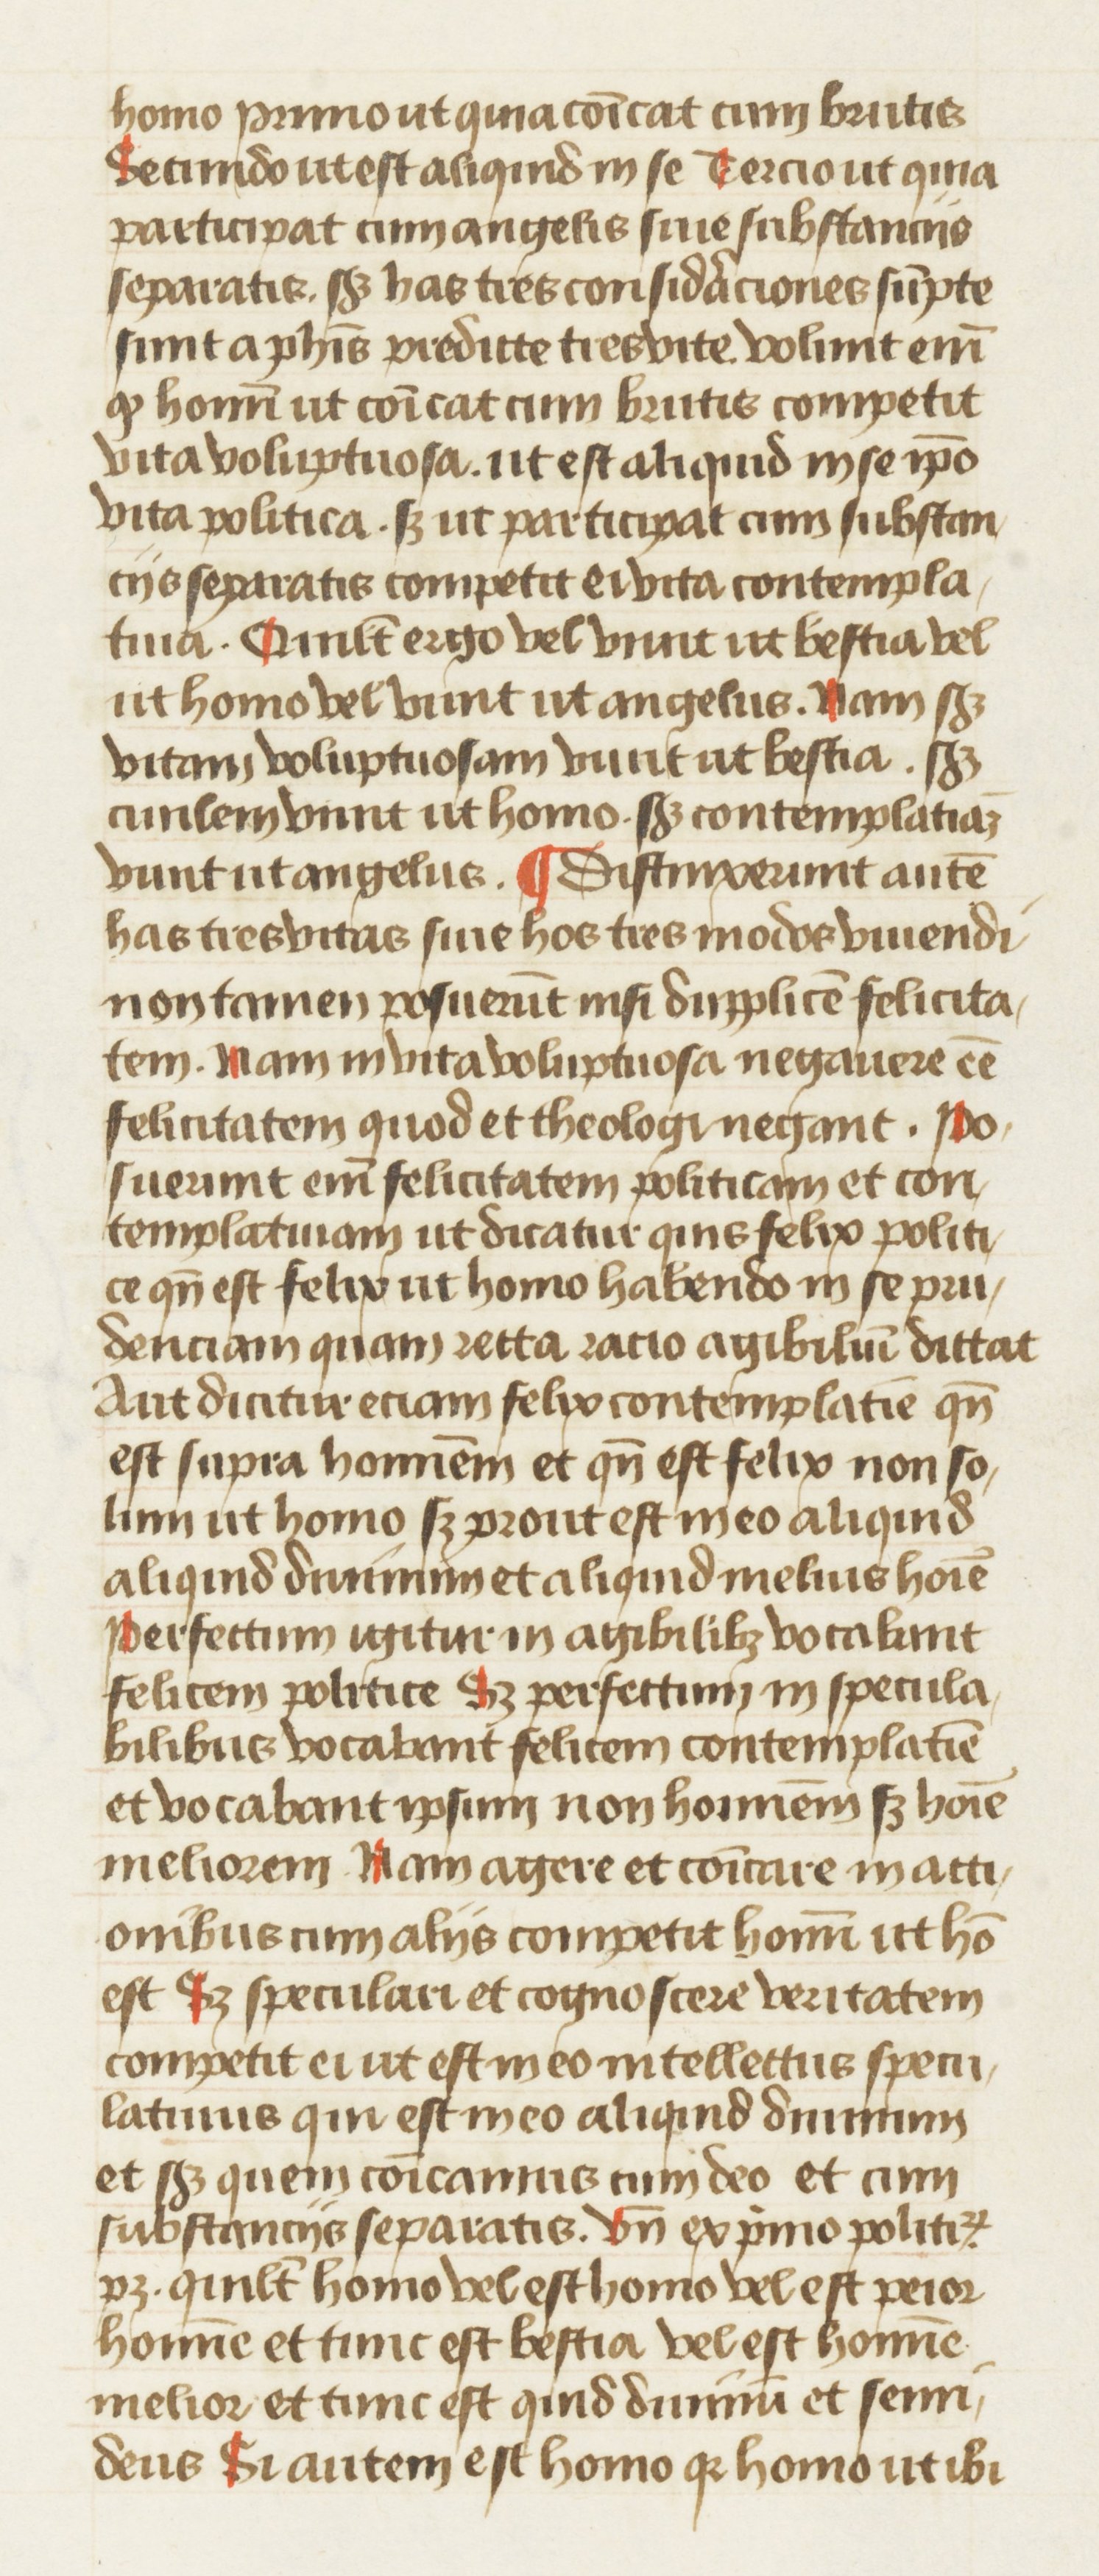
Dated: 1445–1495